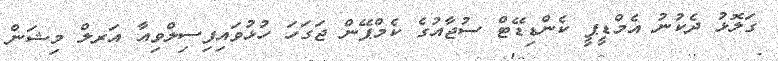
ގަލޮޅު ދެކުނު އެމްޑީޕީ ކެންޑިޑޭޓް ސުޖާއުގެ ކެމްޕޭން ޖަގަހަ ހުޅުވައިފިސިލްވިއާ އަރލް މިޝަން